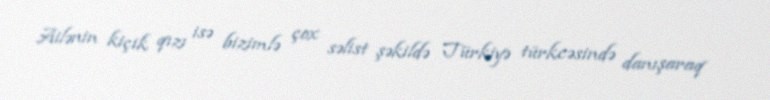
Ailənin kiçik qızı isə bizimlə çox səlist şəkildə Türkiyə türkcəsində danışaraq